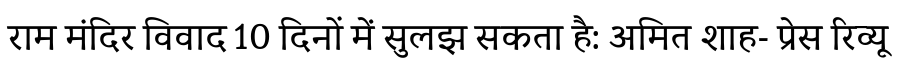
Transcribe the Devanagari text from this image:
राम मंदिर विवाद 10 दिनों में सुलझ सकता है: अमित शाह- प्रेस रिव्यू